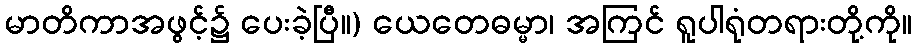
မာတိကာအဖွင့်၌ ပေးခဲ့ပြီ။) ယေတေဓမ္မာ၊ အကြင် ရူပါရုံတရားတို့ကို။